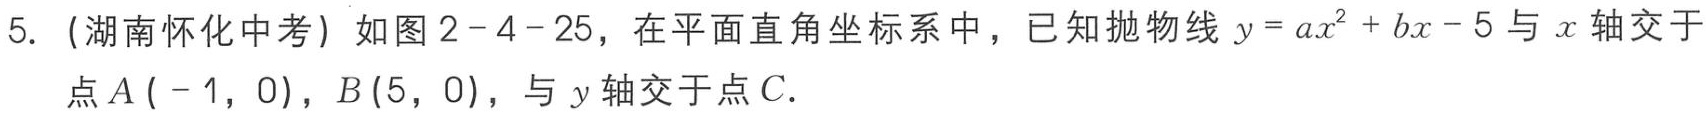
5. (湖南怀化中考) 如图2 - 4 - 25，在平面直角坐标系中，已知抛物线\(y = ax^{2}+bx - 5\)与\(x\)轴交于点\(A( - 1,0)\)，\(B(5,0)\)，与\(y\)轴交于点\(C\).